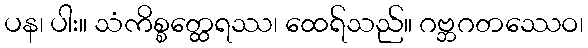
ပန၊ ပါး။ သံကိစ္စတ္ထေရဿ၊ ထေရ်သည်။ ဂဗ္ဘဂတဿေဝ၊